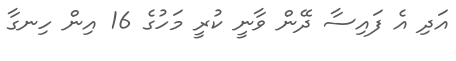
އަދި އެ ފައިސާ ދޭން ވާނީ ކުރީ މަހުގެ 16 އިން ހިނގާ